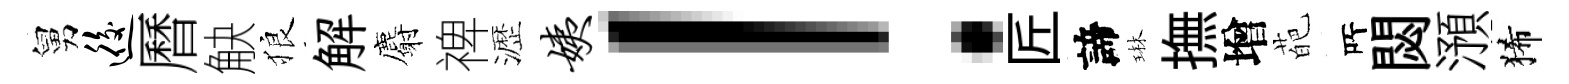
舅逅曆觖狼解麝禆瀝姨！匠諦琳撫增葩𠩄閟澦狶